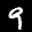
Label: 9